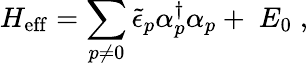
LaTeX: H_{\mathrm{eff}}=\sum_{p\neq 0}\widetilde{\epsilon}_{p}\alpha_{p}^{\dagger}\alpha_{p}+\; E_{0}\; ,